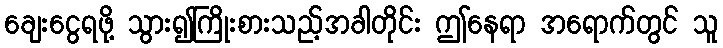
ချေးငွေရဖို့ သွား၍ကြိုးစားသည့်အခါတိုင်း ဤနေရာ အရောက်တွင် သူ